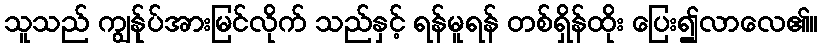
သူသည် ကျွန်ုပ်အားမြင်လိုက် သည်နှင့် ရန်မူရန် တစ်ရှိန်ထိုး ပြေး၍လာလေ၏။